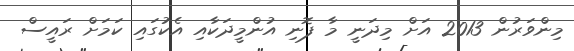
މިންވަރުން 2013 އަށް މިދަނީ މާ ފޮނި އުންމީދަކާއި އެކުގައި ކަމަށް ރައީސް